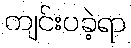
ကျင်းပခဲ့ရာ